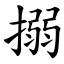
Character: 搦